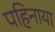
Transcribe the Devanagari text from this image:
पहिनाया